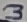
Text: 3